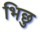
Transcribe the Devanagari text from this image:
भिछु